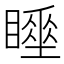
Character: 𥋍